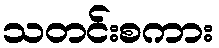
သတင်းစကား